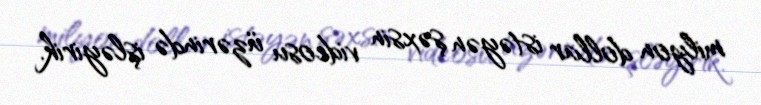
milyon dollar istəyən şəxsin videosu üzərində işləyirik.